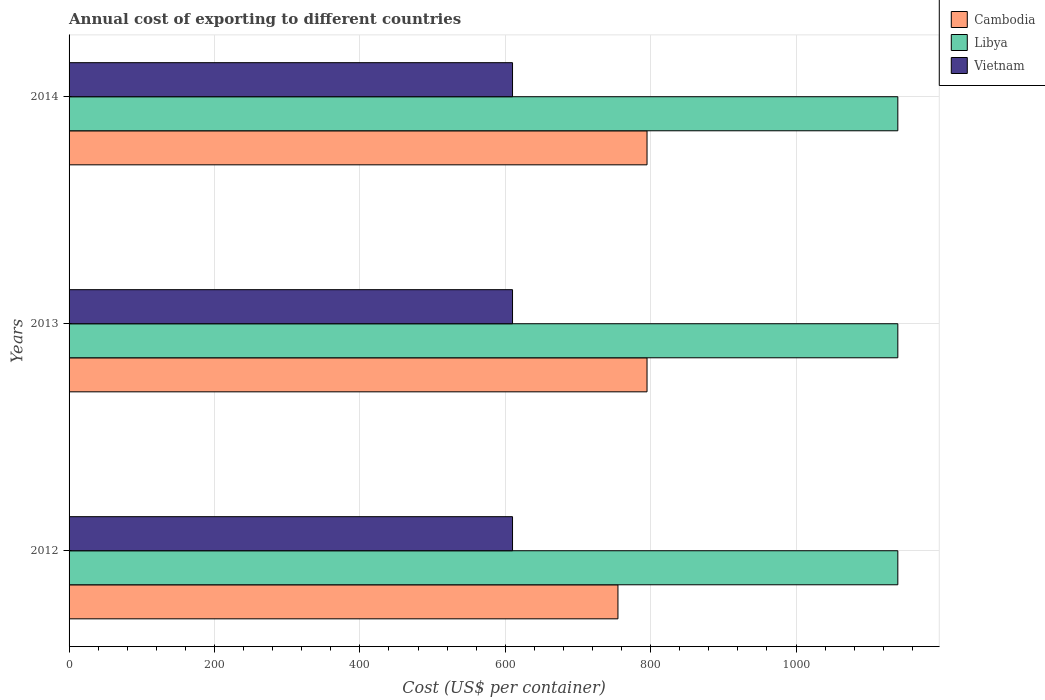
| Years | Cambodia | Libya | Vietnam |
 | --- | --- | --- | --- |
 | 2012 | 755 | 1.14e+03 | 610 |
 | 2013 | 795 | 1.14e+03 | 610 |
 | 2014 | 795 | 1.14e+03 | 610 |